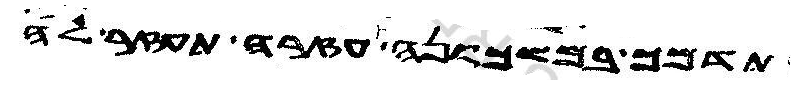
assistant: תדמך במשכונה עזרה תעזר לה